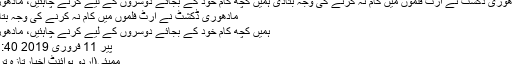
مادھوری ڈکشٹ نے آرٹ فلموں میں کام نہ کرنے کی وجہ بتادی ہمیں کچھ کام خود کے بجائے دوسروں کے لیے کرنے چاہئیں، مادھوری
مادھوری ڈکشٹ نے آرٹ فلموں میں کام نہ کرنے کی وجہ بتادی
ہمیں کچھ کام خود کے بجائے دوسروں کے لیے کرنے چاہئیں، مادھوری
پیر 11 فروری 2019 11:40
ممبئی(اُردو پوائنٹ اخبارتازہ ترین۔